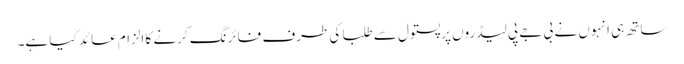
ساتھ ہی انہوں نے بی جے پی لیڈروں پرپستول سے طلبا کی طرف فائرنگ کرنے کا الزام عائد کیا ہے۔